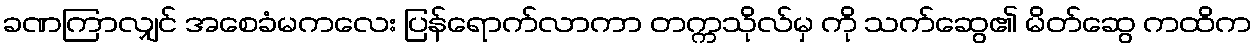
ခဏကြာလျှင် အစေခံမကလေး ပြန်ရောက်လာကာ တက္ကသိုလ်မှ ကို သက်ဆွေ၏ မိတ်ဆွေ ကထိက